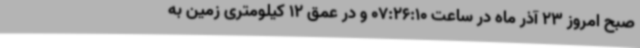
صبح امروز 23 آذر ماه در ساعت 07:26:10 و در عمق 12 کیلومتری زمین به